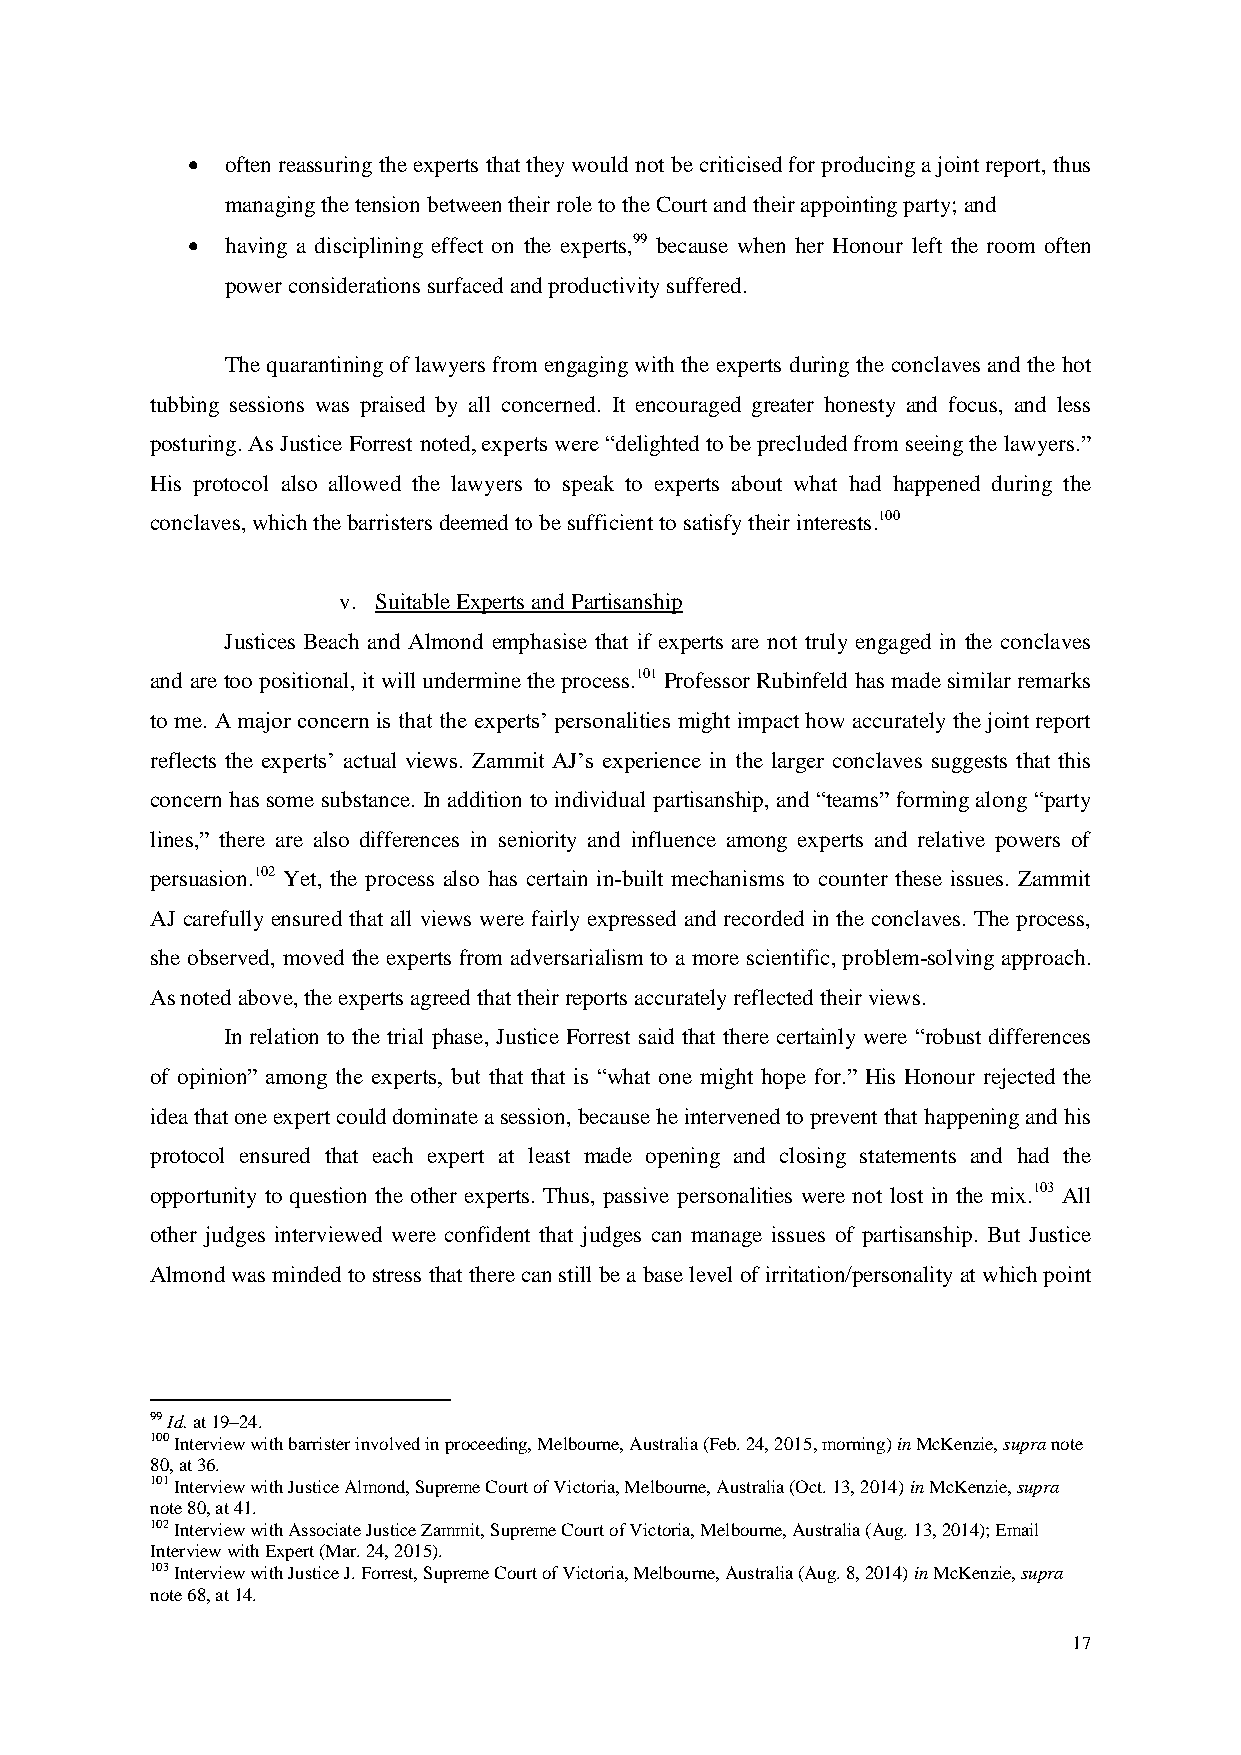
  often reassuring the experts that they would not be criticised for producing a joint report, thus
 managing the tension between their role to the Court and their appointing party; and
   having a disciplining effect on the experts,99 because when her Honour left the room often
 power considerations surfaced and productivity suffered.
 The quarantining of lawyers from engaging with the experts during the conclaves and the hot
 tubbing sessions was praised by all concerned. It encouraged greater honesty and focus, and less
 posturing. As Justice Forrest noted, experts were “delighted to be precluded from seeing the lawyers.”
 His protocol also allowed the lawyers to speak to experts about what had happened during the
 conclaves, which the barristers deemed to be sufficient to satisfy their interests.100
 v. Suitable Experts and Partisanship
 Justices Beach and Almond emphasise that if experts are not truly engaged in the conclaves
 and are too positional, it will undermine the process.101 Professor Rubinfeld has made similar remarks
 to me. A major concern is that the experts’ personalities might impact how accurately the joint report
 reflects the experts’ actual views. Zammit AJ’s experience in the larger conclaves suggests that this
 concern has some substance. In addition to individual partisanship, and “teams” forming along “party
 lines,” there are also differences in seniority and influence among experts and relative powers of
 persuasion.102 Yet, the process also has certain in-built mechanisms to counter these issues. Zammit
 AJ carefully ensured that all views were fairly expressed and recorded in the conclaves. The process,
 she observed, moved the experts from adversarialism to a more scientific, problem-solving approach.
 As noted above, the experts agreed that their reports accurately reflected their views.
 In relation to the trial phase, Justice Forrest said that there certainly were “robust differences
 of opinion” among the experts, but that that is “what one might hope for.” His Honour rejected the
 idea that one expert could dominate a session, because he intervened to prevent that happening and his
 protocol ensured that each expert at least made opening and closing statements and had the
 opportunity to question the other experts. Thus, passive personalities were not lost in the mix.103 All
 other judges interviewed were confident that judges can manage issues of partisanship. But Justice
 Almond was minded to stress that there can still be a base level of irritation/personality at which point
 99 Id. at 19–24.
 100 Interview with barrister involved in proceeding, Melbourne, Australia (Feb. 24, 2015, morning) in McKenzie, supra note
 80, at 36.
 101 Interview with Justice Almond, Supreme Court of Victoria, Melbourne, Australia (Oct. 13, 2014) in McKenzie, supra
 note 80, at 41.
 102 Interview with Associate Justice Zammit, Supreme Court of Victoria, Melbourne, Australia (Aug. 13, 2014); Email
 Interview with Expert (Mar. 24, 2015).
 103 Interview with Justice J. Forrest, Supreme Court of Victoria, Melbourne, Australia (Aug. 8, 2014) in McKenzie, supra
 note 68, at 14.
 17